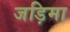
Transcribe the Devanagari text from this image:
जड़िमा